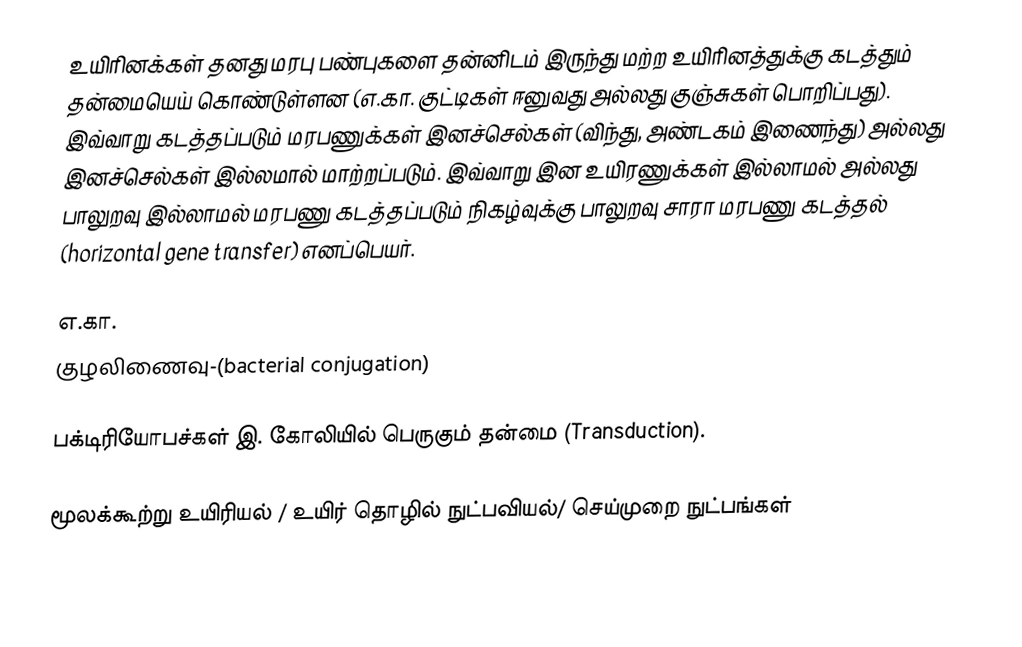
உயிரினக்கள் தனது மரபு பண்புகளை தன்னிடம் இருந்து மற்ற உயிரினத்துக்கு கடத்தும் தன்மையெய் கொண்டுள்ளன (எ.கா. குட்டிகள் ஈனுவது அல்லது குஞ்சுகள் பொறிப்பது). இவ்வாறு கடத்தப்படும் மரபணுக்கள் இனச்செல்கள் (விந்து, அண்டகம் இணைந்து) அல்லது இனச்செல்கள் இல்லமால் மாற்றப்படும். இவ்வாறு இன உயிரணுக்கள் இல்லாமல் அல்லது பாலுறவு இல்லாமல் மரபணு கடத்தப்படும் நிகழ்வுக்கு  பாலுறவு சாரா மரபணு கடத்தல் (horizontal gene transfer) எனப்பெயர்.

எ.கா.
குழலிணைவு-(bacterial conjugation)

பக்டிரியோபச்கள் இ. கோலியில்  பெருகும் தன்மை (Transduction).

மூலக்கூற்று உயிரியல் / உயிர் தொழில் நுட்பவியல்/ செய்முறை நுட்பங்கள்